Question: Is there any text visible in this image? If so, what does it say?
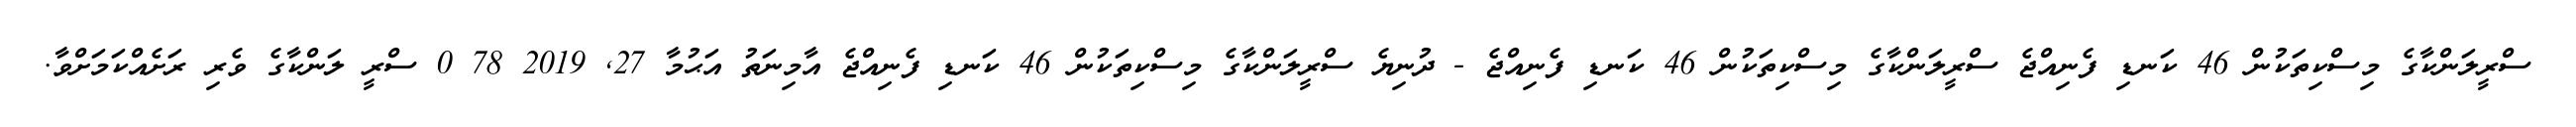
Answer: ސްރީލަންކާގެ މިސްކިތަކުން 46 ކަނޑި ފެނިއްޖެ ސްރީލަންކާގެ މިސްކިތަކުން 46 ކަނޑި ފެނިއްޖެ - ދުނިޔެ ސްރީލަންކާގެ މިސްކިތަކުން 46 ކަނޑި ފެނިއްޖެ އާމިނަތު އަޙުމާ 27, 2019 78 0 ސްރީ ލަންކާގެ ވެރި ރަށެއްކަމަށްވާ.